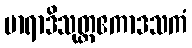
မာရာဒိသုတ္တဧကာဒသကံ